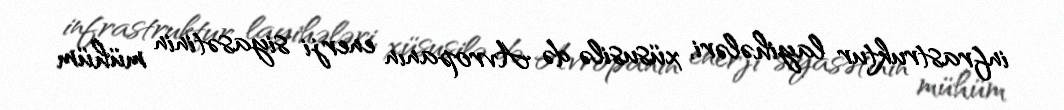
infrastruktur layihələri, xüsusilə də Avropanın enerji siyasətinin mühüm